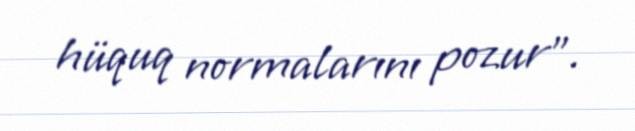
hüquq normalarını pozur”.